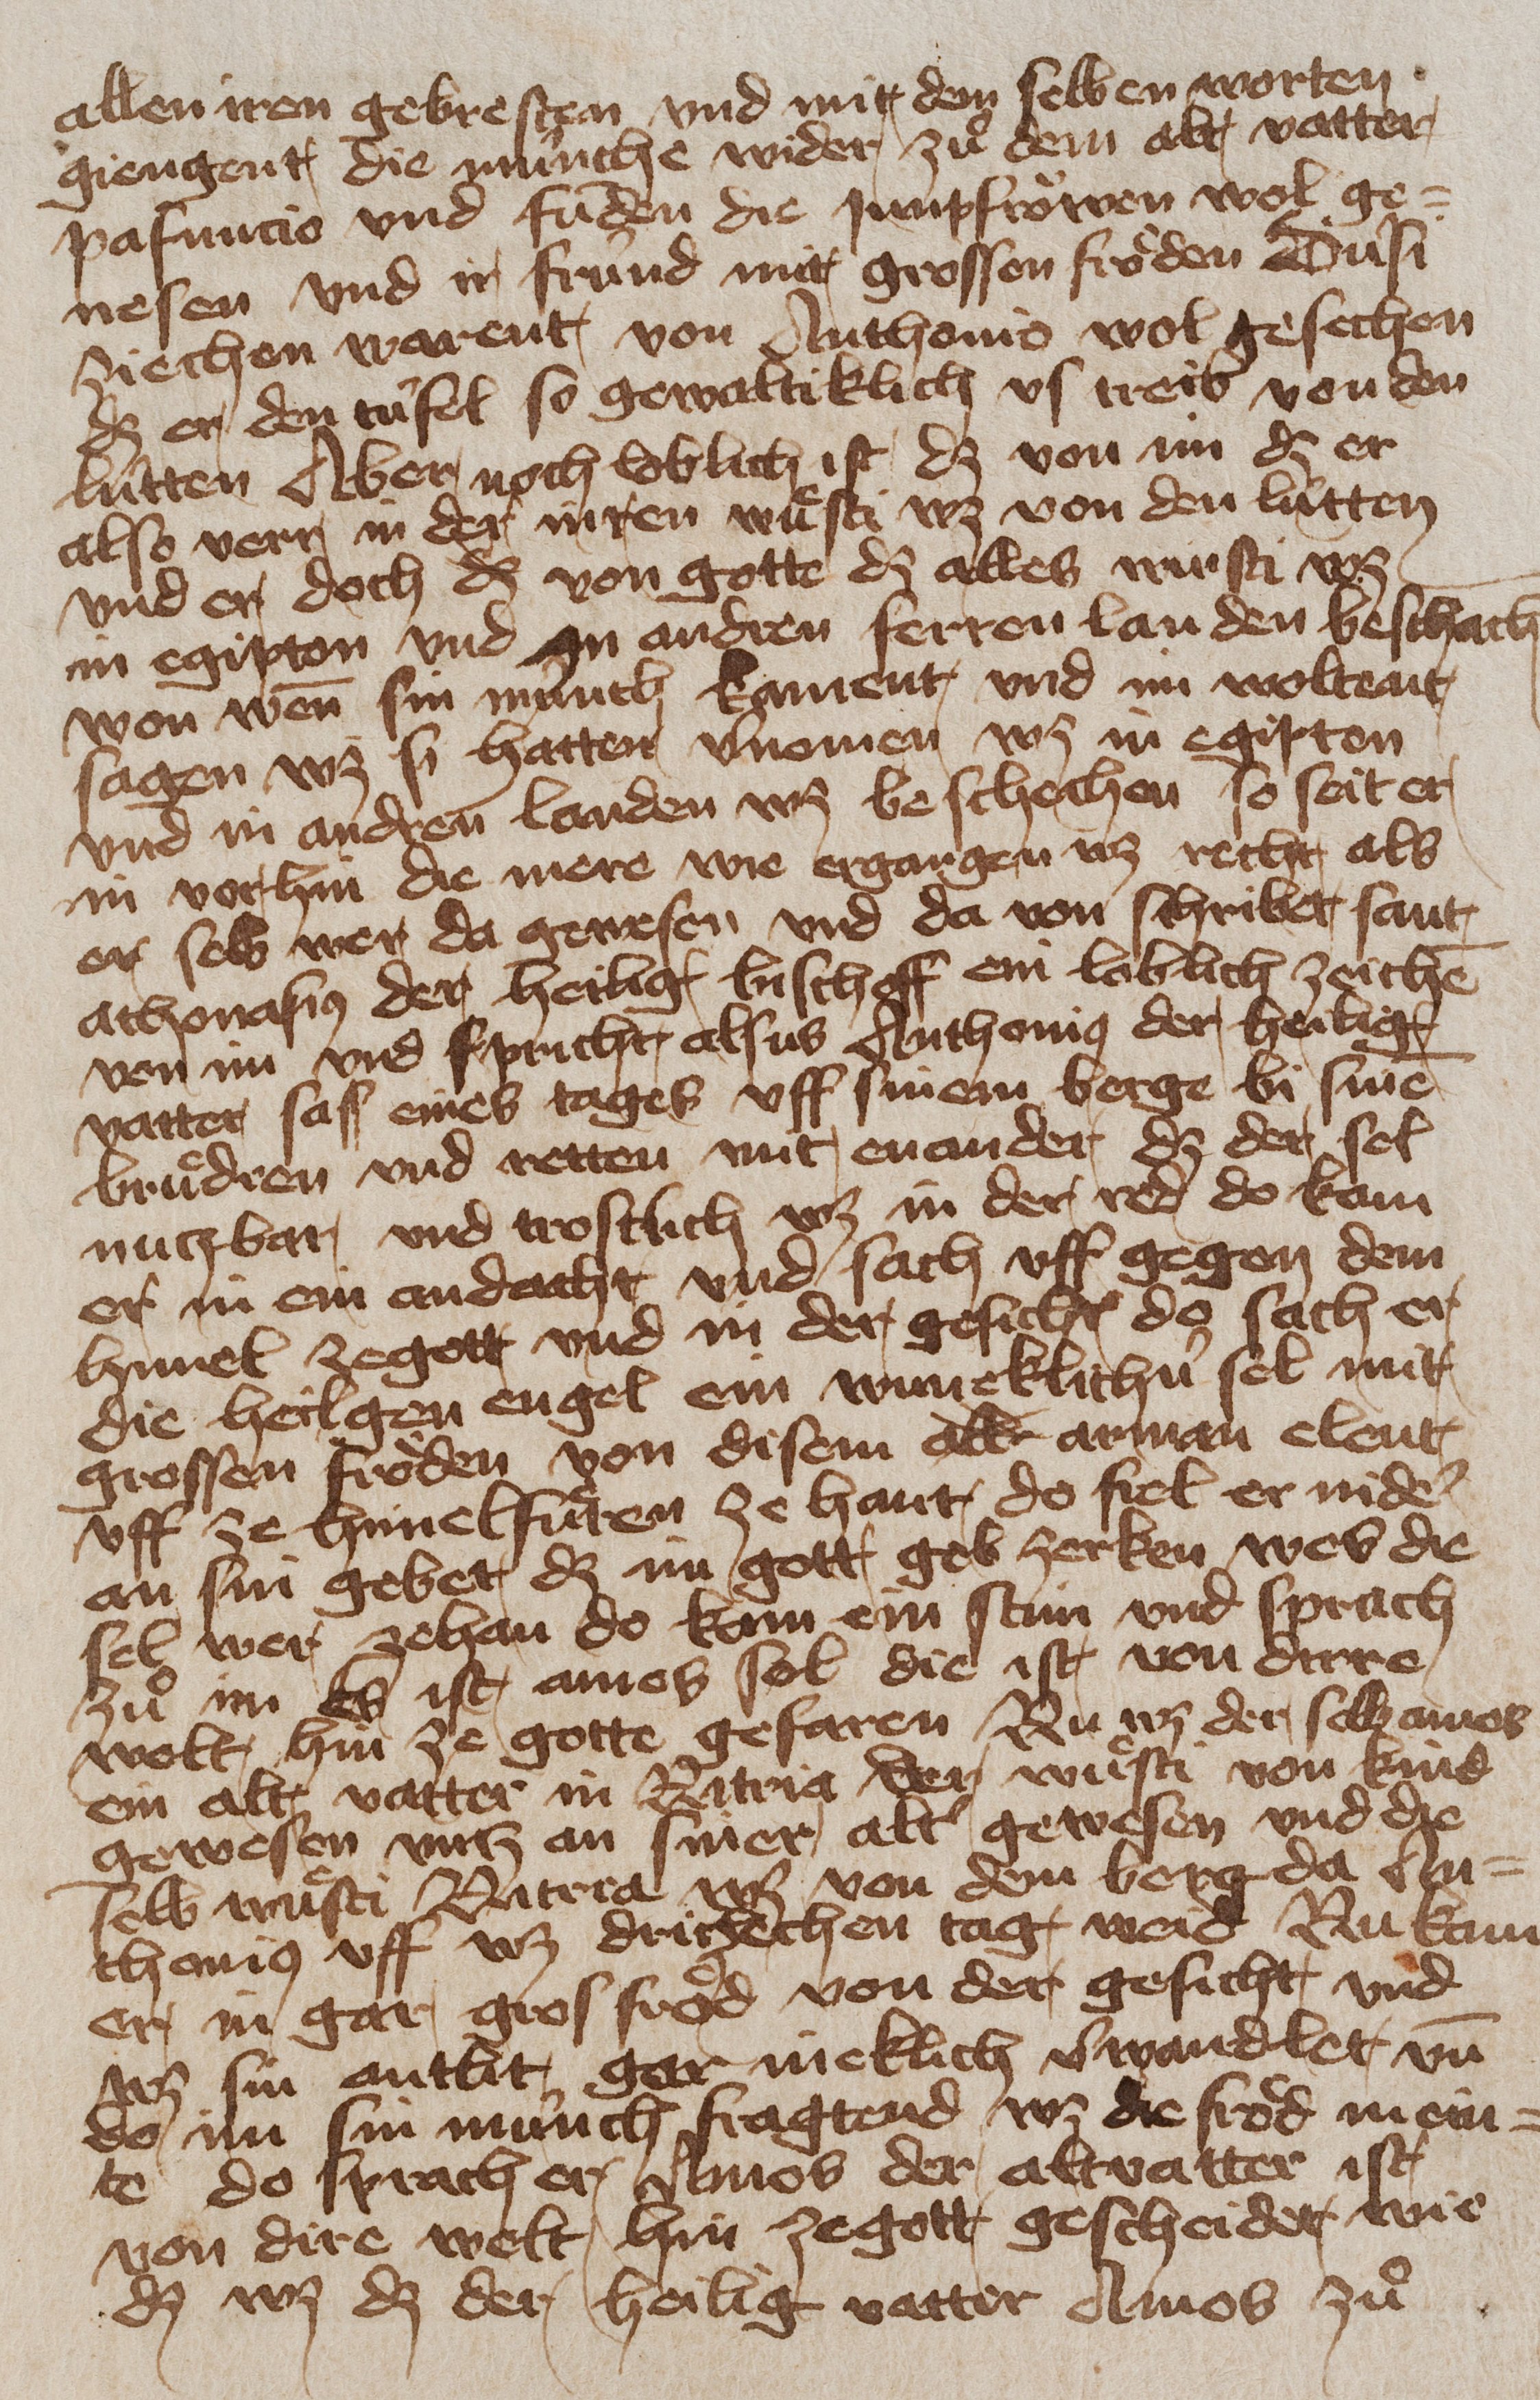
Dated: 1400–1449